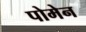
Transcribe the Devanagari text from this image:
पोमेन